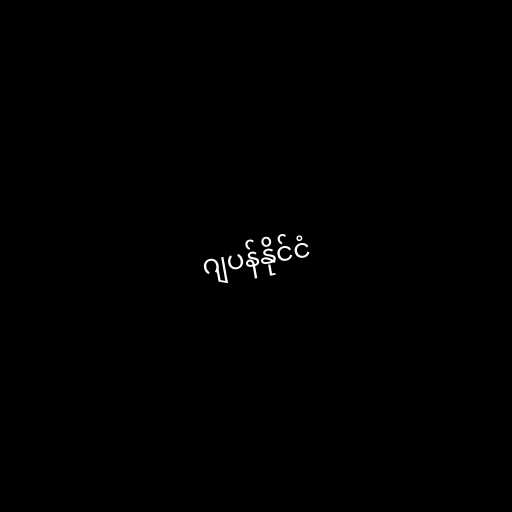
ဂျပန်နိုင်ငံ